Tartu_Kolgata_baptistikogudus, lk 4
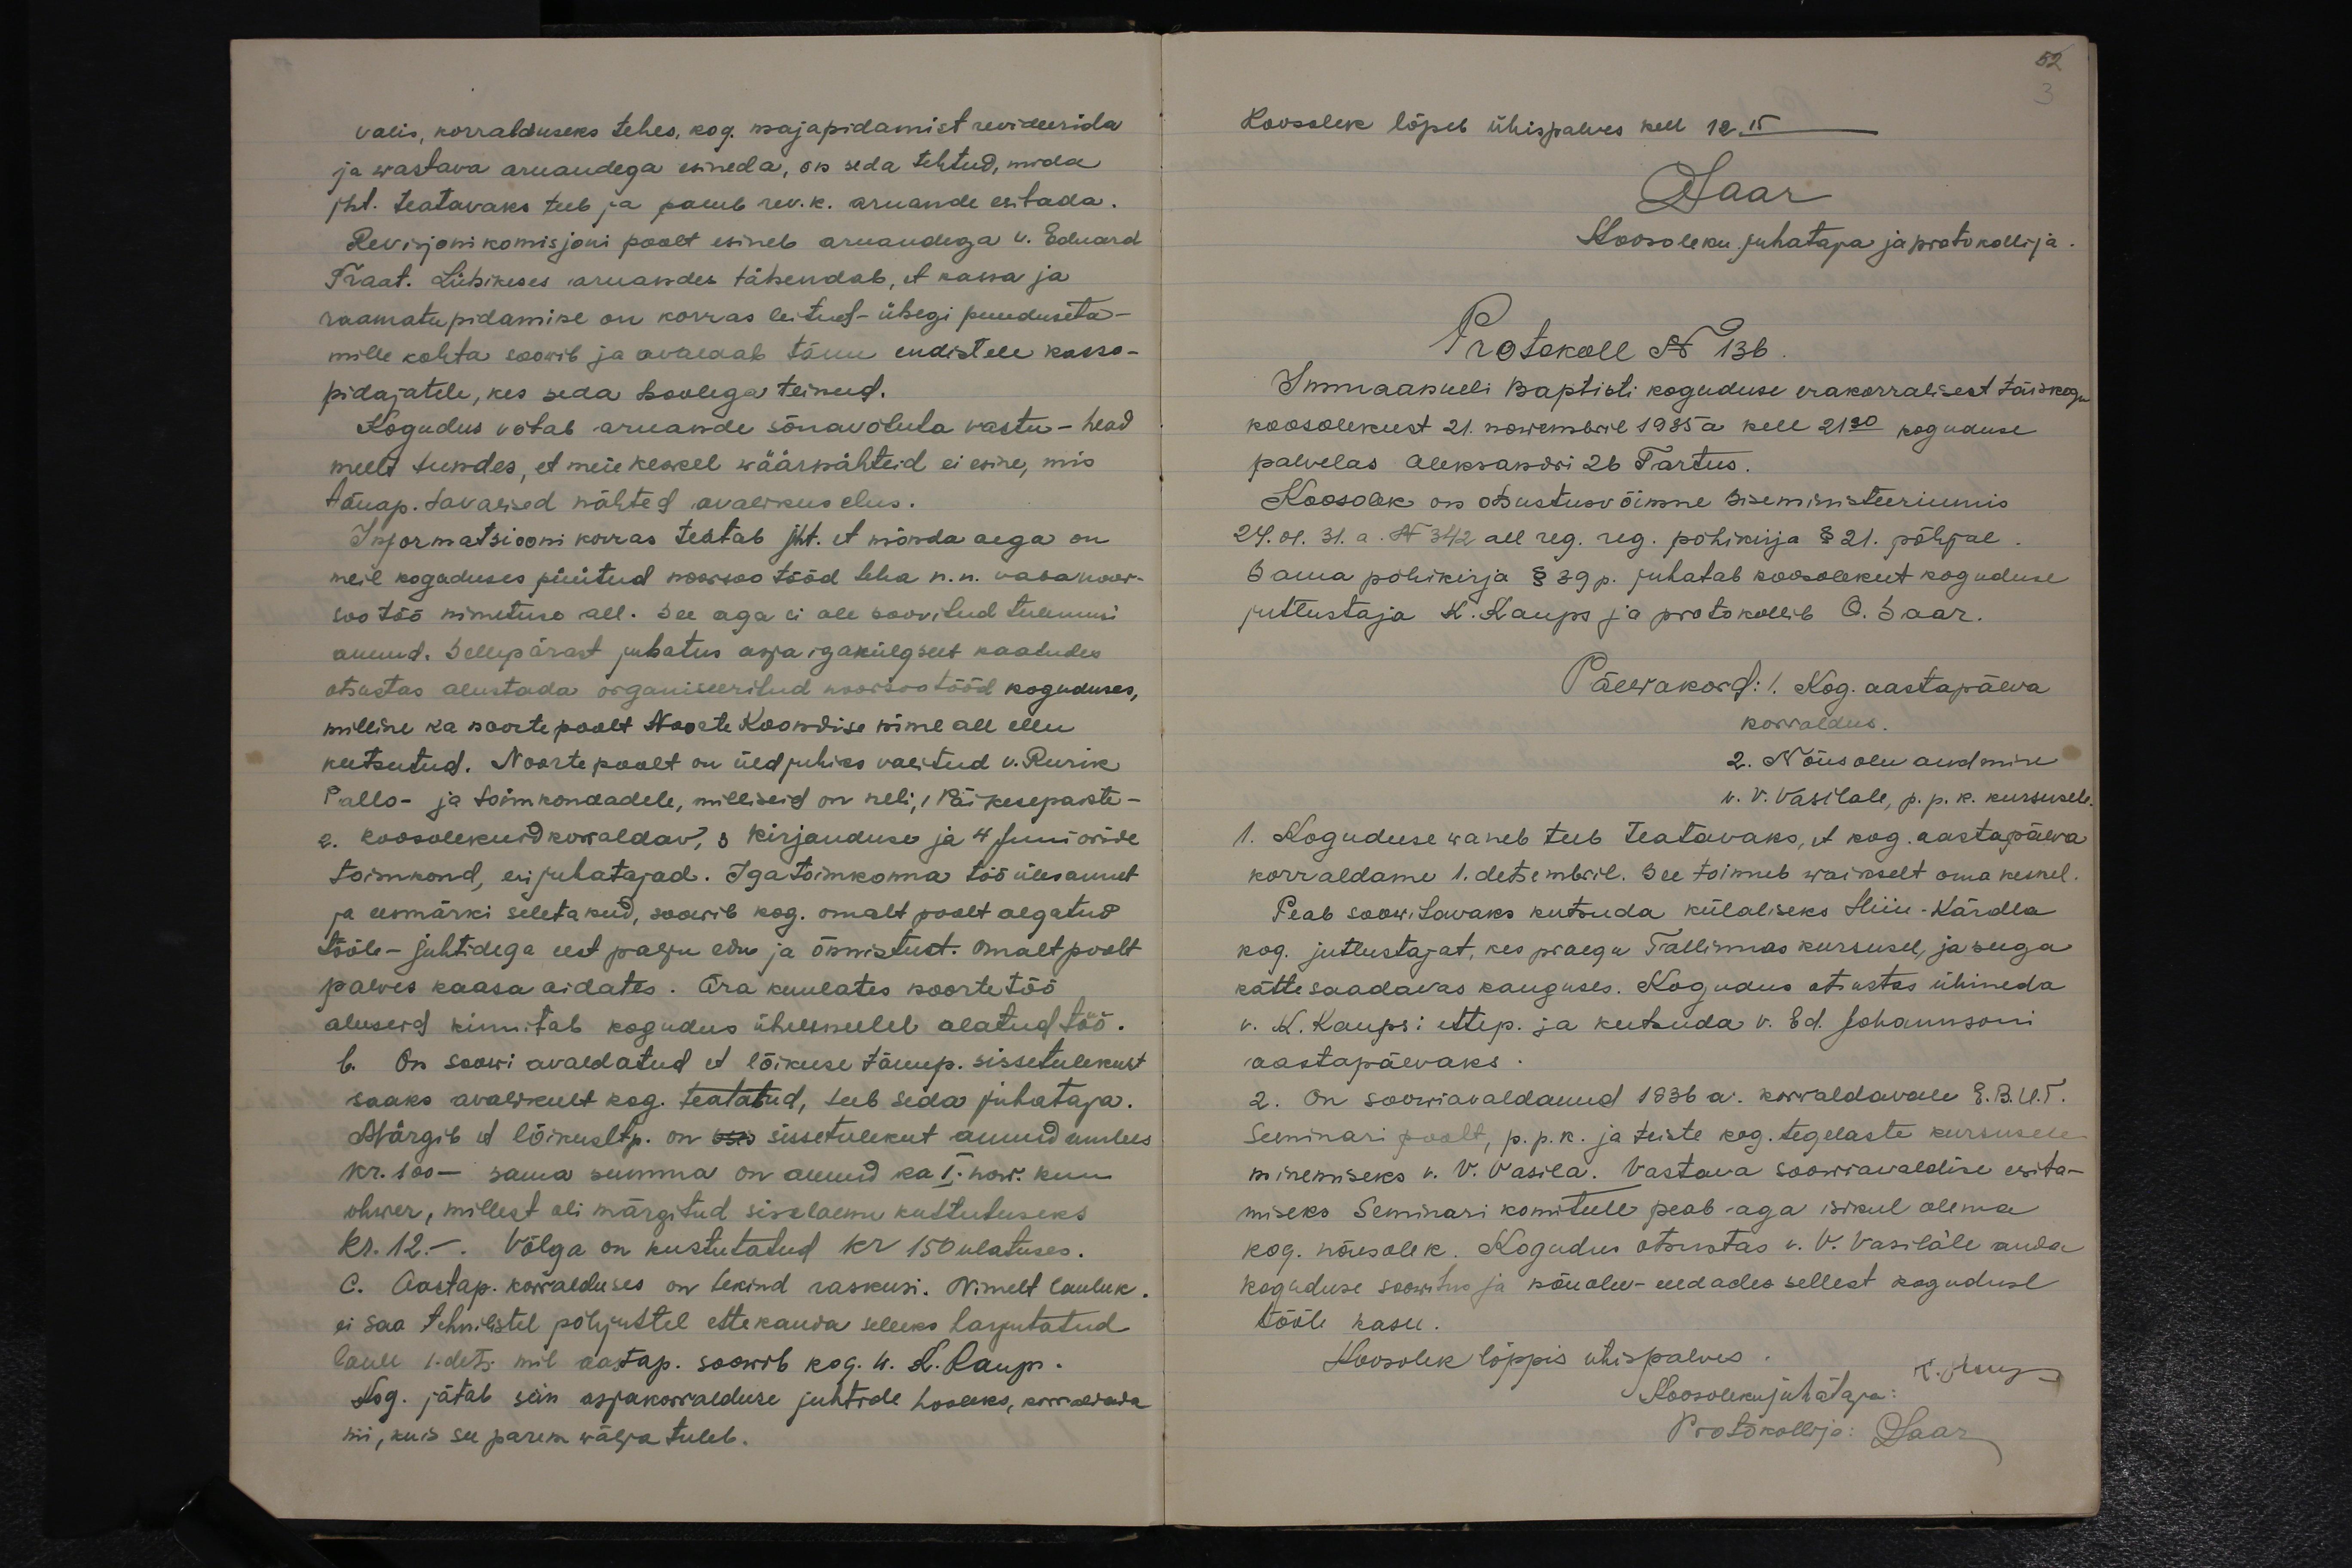
valis, korralduseks tehes, kog. majapidamist revideerida
ja wastava aruandega esineda, on seda tehtud, mida
jht. teatavaks teeb ja palub rev.k. aruande esitada.
Revisjonikomisjoni poolt esineb aruandega w. Eduard
Traat. Lühikeses aruandes tähendab, et kassa ja
raamatupidamine on korras leitud - ühegi puuduseta-
mille kohta soovib ja avaldab tänu endistele kassa-
pidajatele, kes seda hoolega teinud.
Kogudus võtab aruande sõnavõtuta vastu - head
meelt tundes, et meie keskel wäärnähteid ei esine, mis
tänap. tavalised nähted avalikus elus.
Informatsiooni korras teatab jjt. et mõnda aega on
neil koguduses püütud noorsoo tööd teha n.n. vabanoor-
sootöö nimetuse all. See aga ei ole soovitud tulemusi
annud. Sellepärast juhatus asja igakülgselt kaaludes
otsustas alustada organiseeritud noorsootööd koguduses,
milline ka noortepoolt Noorte Koondise nime all ellu
kutsutud. Noorte poolt on üldjuhiks valitud v. Rurik
Pallo- ja toimkondadele, milliseid on neli, 1 Päikesepaiste-
2. koosolekuid korraldav, 3 kirjanduse ja 4 Junioride
toimkond, eri juhatajad. Iga toimkonna töö ülesannet
ja eesmärki seletanud, soowib kog. omalt poolt algatud
tööle- juhtidega eest palju edu ja õnnistust. Omalt poolt
palves kaasa aidates. Ära kuulates noortetöö
aluseid kinnitab kogudus ühelmeelel alatud töö.
b. On soowi avaldatud et lõikuse tänup. sissetulekust
saaks avalikult kog. teatatud, teeb seda juhataja.
Märgib et lõikusltp. on oses sissetulekut annud umbes
kr. 100 - sama summa on annud ka I. now. kuu
ohwer, millest oli märgitud siselaenu kustutuseks
Kr. 12.-. Võlga on kustutatud kr 150 ulatuses.
C. Aastap. korralduses on tekind raskusi. Nimelt lauluk.
ei saa tehnilistel põhjustel ettekanda selleks harjutatud
laule 1. dets. mil aastap. soowib kog. w. K. Kaups.
Kog. jätab siin asjakorralduse juhtide hooleks, korraldada
nii, kuis see parem wälja tuleb.

52
Koosolek lõpeb ühispalves kell 12.15
Osaar
Koosoleku juhataja ja protokollija
Protokoll N 136
Immaanueli baptisti koguduse erakorralisest täiskogu
koosolekust 21. nowembril 1935 a kell 21.30 koguduse
palvelas Aleksandri 26 Tartus.
Koosolek on otsustusvõimne Siseministeeriumis
24.01.31. a. N 342 all reg. reg. põhikirja § 21. põhjal.
Sama põhikirja § 39 p. juhatab koosolekut koguduse
jutlustaja K. Kaups ja protokollib O. Saar.
Päewakord: 1. Kog. aastapäeva
korraldus.
2. Nõusolu andmine
v. V. Vasilale, p. p. k. kursusele
1. Koguduse waneb teeb teatavaks, et kog. aastapäeva
korraldame 1. detsembril. See toimub waikselt oma keskel
Peab soowitavaks kutsuda külaliseks Hiiu-Kärdla
kog. jutlustajat, kes praegu Tallinnas kursusel, ja seega
kätte saadavas kauguses. Kogudus otsustas ühineda
v. K. Kaupsi ettep. ja kutsuda v. Ed. Johannsoni
aastapäevaks.
2. On soowiavaldanud 1936 a. korraldavale E.B.U.T.
Seminari poolt, p. p. k. ja teiste kog. tegelaste kursusele
minemiseks v. V. Vasila. Vastava soowiavaldise esita-
miseks Seminari komiteele peab aga isikul olema
kog. nõusolek. Kogudus otsustas v. V. Vasilale anda
koguduse soowitus ja nõuolev - eeldades sellest koguduse
tööle kasu.
Koosolek lõppis ühispalves
Koosolekujuhataja K. Kaups
Protokollija: Saar